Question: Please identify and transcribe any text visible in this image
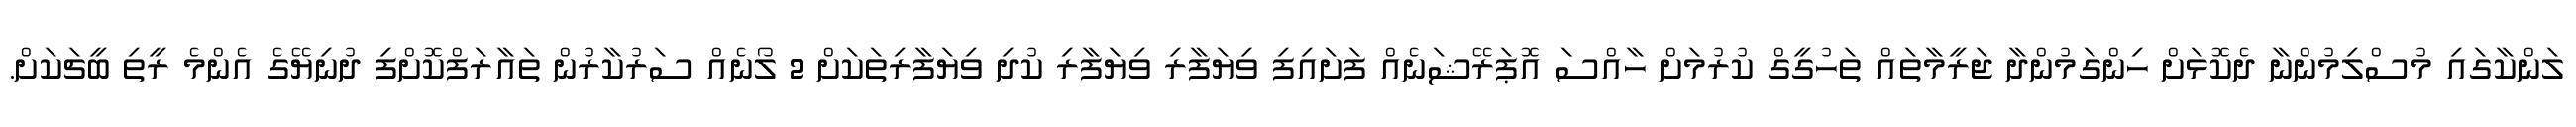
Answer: ލަންކާގައި މުސްލިމުންނާ ދެކޮޅަށް ހިންގަމުންދާ ޖަރީމާތައް ތަހުގީގް ކުރުމަށް ހާއްސަ އޮޕަރޭޝަނެއް ފަށައިފި ވިޔަފާރި ވިޔަފާރި ކުދި ވިޔަފާރިތަކަށް 2 ލޯނެއް ސަރުކާރުން ތައާރަފްކޮށްފި ދުނިޔޭގެ އެންމެ ރީތި ބީޗަކަށް.